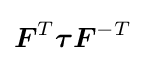
{\boldsymbol {F}}^{T}{\boldsymbol {\tau }}{\boldsymbol {F}}^{-T}